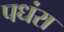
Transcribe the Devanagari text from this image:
पधंरा